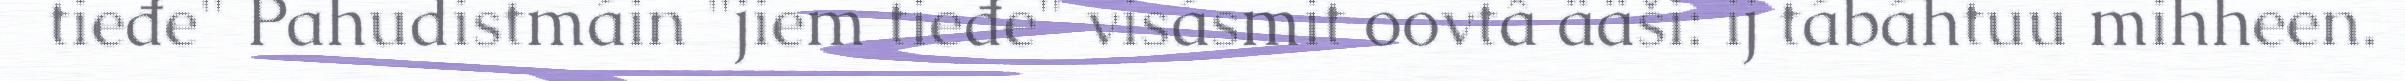
tieđe" Pahudistmáin "jiem tieđe" visásmit oovtâ ääši: ij tábáhtuu mihheen.